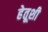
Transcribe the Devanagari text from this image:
हेतूशी